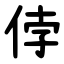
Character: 侼